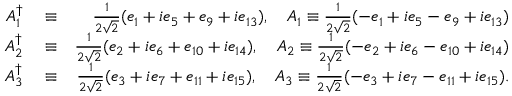
\begin{array} { r l r } { A _ { 1 } ^ { \dagger } } & { { } \equiv } & { \frac { 1 } { 2 \sqrt { 2 } } ( e _ { 1 } + i e _ { 5 } + e _ { 9 } + i e _ { 1 3 } ) , \quad A _ { 1 } \equiv \frac { 1 } { 2 \sqrt { 2 } } ( - e _ { 1 } + i e _ { 5 } - e _ { 9 } + i e _ { 1 3 } ) } \\ { A _ { 2 } ^ { \dagger } } & { { } \equiv } & { \frac { 1 } { 2 \sqrt { 2 } } ( e _ { 2 } + i e _ { 6 } + e _ { 1 0 } + i e _ { 1 4 } ) , \quad A _ { 2 } \equiv \frac { 1 } { 2 \sqrt { 2 } } ( - e _ { 2 } + i e _ { 6 } - e _ { 1 0 } + i e _ { 1 4 } ) } \\ { A _ { 3 } ^ { \dagger } } & { { } \equiv } & { \frac { 1 } { 2 \sqrt { 2 } } ( e _ { 3 } + i e _ { 7 } + e _ { 1 1 } + i e _ { 1 5 } ) , \quad A _ { 3 } \equiv \frac { 1 } { 2 \sqrt { 2 } } ( - e _ { 3 } + i e _ { 7 } - e _ { 1 1 } + i e _ { 1 5 } ) . } \end{array}